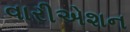
વારીએશન